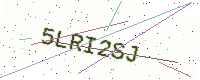
Text: 5LRI2SJ